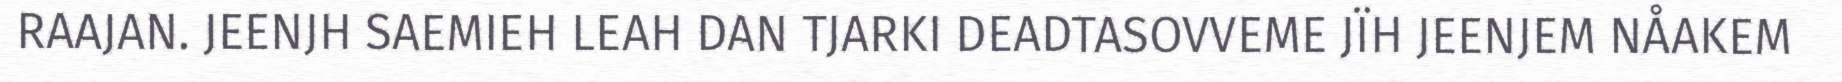
RAAJAN. JEENJH SAEMIEH LEAH DAN TJARKI DEADTASOVVEME JÏH JEENJEM NÅAKEM